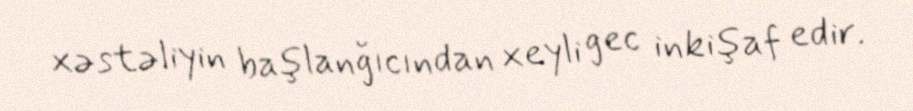
xəstəliyin başlanğıcından xeyli gec inkişaf edir.